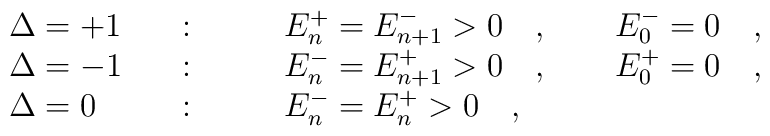
\begin{array}{@{}lll@{}}\Delta =+1\quad &: \qquad & E_{n}^+=E_{n+1}^->0\quad,\qquad E_{0}^-=0\quad ,\\\Delta =-1\quad &: \qquad & E_{n}^-=E_{n+1}^+>0\quad,\qquad E_{0}^+=0\quad ,\\\Delta =0\quad  &: \qquad & E_{n}^-=E_{n}^+>0 \quad ,\end{array}